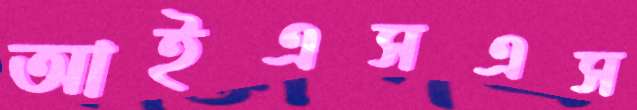
আইএসএস